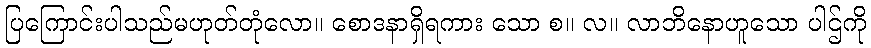
ပြကြောင်းပါသည်မဟုတ်တုံလော။ စောဒနာရှိရကား သော စ။ လ။ လာဘိနောဟူသော ပါဌ်ကို